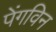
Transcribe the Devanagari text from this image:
पेंगविन